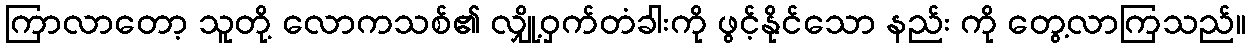
ကြာလာတော့ သူတို့ လောကသစ်၏ လျှို့ဝှက်တံခါးကို ဖွင့်နိုင်သော နည်း ကို တွေ့လာကြသည်။